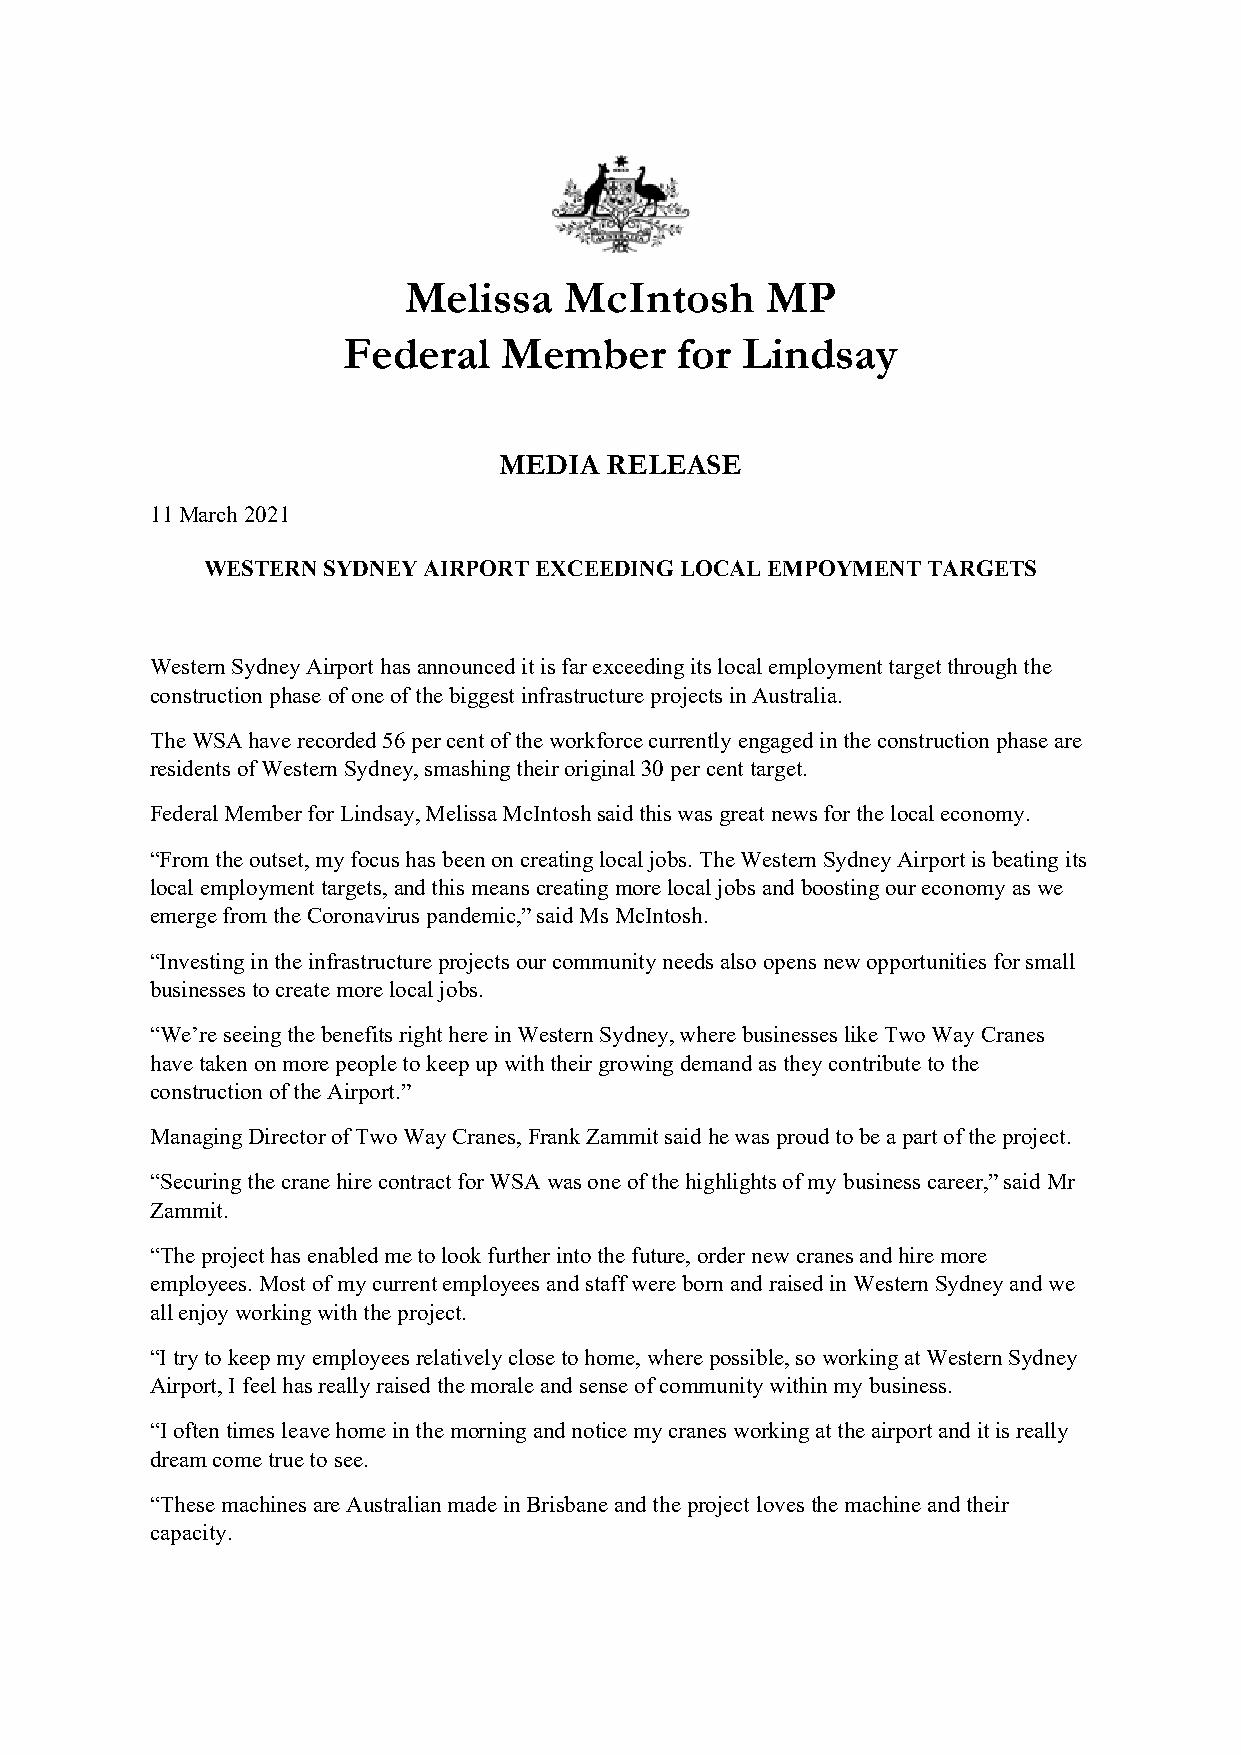
Melissa   McIntosh      MP
 Federal   Member      for Lindsay
 MEDIA  RELEASE
 11 March 2021
 WESTERN SYDNEY AIRPORT EXCEEDING LOCAL EMPOYMENT TARGETS
 Western Sydney Airport has announced it is far exceeding its local employment target through the
 construction phase of one of the biggest infrastructure projects in Australia.
 The WSA have recorded 56 per cent of the workforce currently engaged in the construction phase are
 residents of Western Sydney, smashing their original 30 per cent target.
 Federal Member for Lindsay, Melissa McIntosh said this was great news for the local economy.
 “From the outset, my focus has been on creating local jobs. The Western Sydney Airport is beating its
 local employment targets, and this means creating more local jobs and boosting our economy as we
 emerge from the Coronavirus pandemic,” said Ms McIntosh.
 “Investing in the infrastructure projects our community needs also opens new opportunities for small
 businesses to create more local jobs.
 “We’re seeing the benefits right here in Western Sydney, where businesses like Two Way Cranes
 have taken on more people to keep up with their growing demand as they contribute to the
 construction of the Airport.”
 Managing Director of Two Way Cranes, Frank Zammit said he was proud to be a part of the project.
 “Securing the crane hire contract for WSA was one of the highlights of my business career,” said Mr
 Zammit.
 “The project has enabled me to look further into the future, order new cranes and hire more
 employees. Most of my current employees and staff were born and raised in Western Sydney and we
 all enjoy working with the project.
 “I try to keep my employees relatively close to home, where possible, so working at Western Sydney
 Airport, I feel has really raised the morale and sense of community within my business.
 “I often times leave home in the morning and notice my cranes working at the airport and it is really
 dream come true to see.
 “These machines are Australian made in Brisbane and the project loves the machine and their
 capacity.